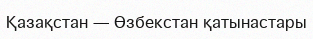
Қазақстан — Өзбекстан қатынастары